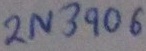
Text: 2N3906